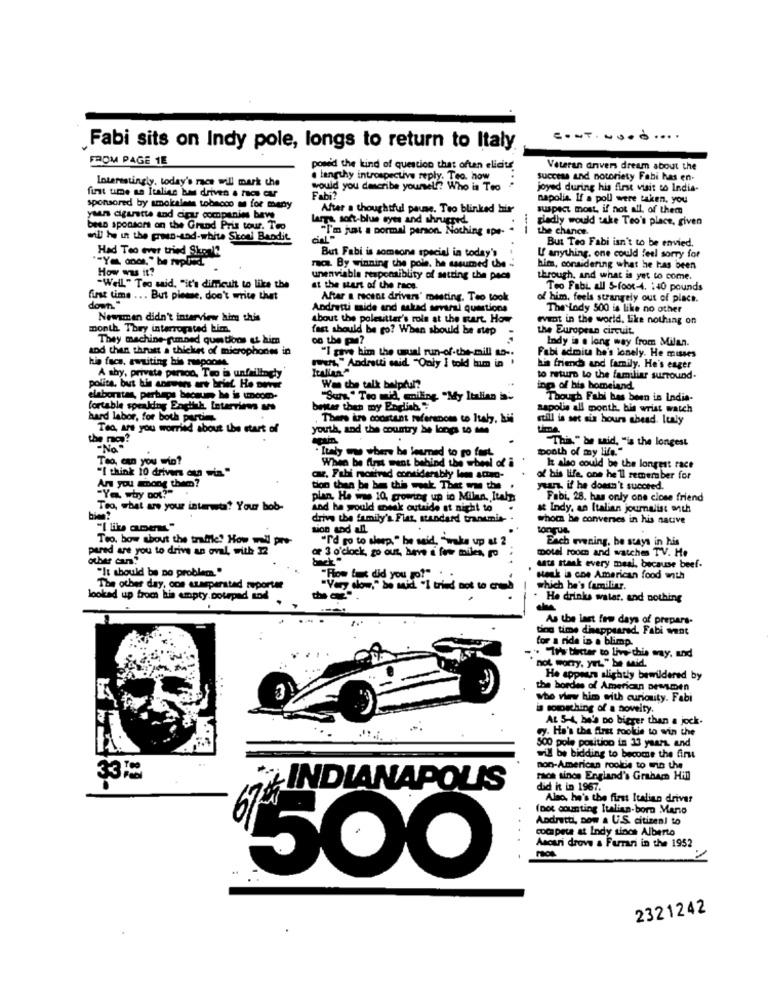
CONT. wood ....
Fabi sits on Indy pole, longs to return to Italy
FROM PAGE 1E
powe'd the kind of question that often elicits'
Veteran drivers dream about the
Interestingly, today's race will mark the
a lengthy introspective reply. Teo. how
success and notoriety Fabi has en-
would you describe yourelf? Who is Teo
joyed during his first visit to India-
first ume an Italian be driven & hes cr
Fabi?
napolia. If a poll were taken, you
sponsored by smokeless tobacco m for many
After a thoughtful pause. Teo blinked bir
suspect most, if not all of them
yaan cigarette and cigar companies beve
larga soft-blue eyes and shrugred.
gladly would take Teo's place, given
beso sponsors on the Grund Pris tour. Teo
"I'm just a normal person. Nothing spe-
the chance.
will be in the pan-and-white Shoul Bandit
But Teo Fabi isn't to be envied.
Had Teo ever tried Skovle
But Fabi is someone special in today's
U anything. one could feel sorry for
How we it?
na. By winning the pole. he assumed che -
him, considering what he has been
unenviable responsiblity of setting the pecs
through, and what is yet to come.
-Well." Teo said, "it's difficult to like the
at the start of the race.
Teo Fabi all 5-foot-4. 140 pounds
first time ... But pieme, don't write that
Aftar a recent drivers' mesting. Teo took
of him, feels strangely out of place.
Andretti mide and salad several questions
The indy 500 is like no other
Newsmen didn't interview him this
about the polesitter's role at the surt How
event in the world, Like nothing on
month. They interrogated bim.
fast should be go? When should be step
the European circuit.
They machine-gumned questions at him
on the pe?
Indy in a long way from Milan.
and then thruatt a thicket of microphones in
"I give him the usual run-of-the-mill a5 -.
his face, awaiting bis raspoone.
Fabi admita he's lonely. He misses
rens," Andretti said "Only I told him in .
his friends and family. He's eager
A aby, private penon, Tro ia unfailingly
to return lo the familiar surround-
police, but his answers are brief He never
Was the talk balpdl?
inp of his homeiand.
elaborstas, perhaps because he is uncom-
"Surs." Too mid, mniling "My Italian '
Though Fabi has been in India-
fortable speaking English, Intervins
better then my English"
sapolis all month. bis wrist watch
hard labor, for both parti
There irs constant references to Italy, bii
still is set sis hours abead. Italy
Tea, are you worried about the start of
youth, and the country be longs to Me
the mo?
"This," he said, "is the longest
"No"
booth of my life."
Teo, can you win?
Italy ww where he leumed to ro fast,
When be first went behind the wheel of i
"I think 10 drivers aun win."
Iz also could be the longest race
Ans you among them?
cz. Fabi mostvad considerably lom actno-
of his life, one he'll remember for
tion then be be this week Ther me the
yuan, if he doesn't succeed.
"Ya why not?"
plan. He was 10, growing up in Milan, Italy
Fabi, 28. has only one close friend
Teo, what are your interwta? Your bob-
and he would monk outside at night to
k Indy, an Italian journalist anth
drive the family's Flat, standard transmis-
whom he converses in his native
tion and all
tongue
Teo, bow about the tradile! How wil pre-
"I'd go to sleep." he said, "wake up at 2
Each evening, be stays in his
pared are you to drive an oval, with 12
motel room and watches TV. He
other can.
of 3 o'clock, go aus, have a few miles, ro
"It should be no problem."
ants stank every meal, because beef-
"How tos did you ro?"
sesk ia coe American food anth
The other day, con czasperstad reporter
"Very slow," be said. "I tried not to crud
which he's familiar.
looked up from his empty. pourpad and
He drinks wales, and nothing
1.
As the last few days of prepars-
ting time diappeared, Fabi went
for a ride in a blimp.
. Its beter to live this way, and
not worry, yet" be said,
He appears slightly bewildered by
the bordes of American Demmen
who view him with curiosity. Fabi
is rompathing of a novelty.
At 5-4, he's po bigger than a jock.
y. He's the first rookie to win the
500 pole position in 13 years. and
wil be bidding to become the first
non-American rookie to win the
3312
race sinos England's Graham Hill
INDIANAPOLIS
did it in 1967.
Also, he's the first Italian driver
(not counting Italian-born Mario
Andretti, Dow a U.S. citizen! to
cocapece at Indy since Alberto
Ascari drove a Ferrari in the 1952
500
2321242